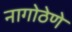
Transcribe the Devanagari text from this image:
नागोठेणे